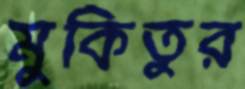
মুকিতুর